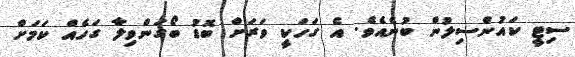
ސިޓީ ކައުންސިލުން ބުނެއެވެ. އެ ގަހަކީ ވަރަށް ބޮޑު ބޯގަންވިލާ ގަހެއް ކަމަށް